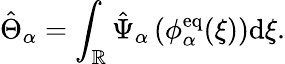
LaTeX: \begin{array}{r}{\hat{\Theta}_{\alpha}=\displaystyle\int_{\mathbb{R}}\hat{\Psi}_{\alpha}\left(\phi_{\alpha}^{\mathrm{eq}}(\xi)\right)\mathrm{d}\xi.}\end{array}